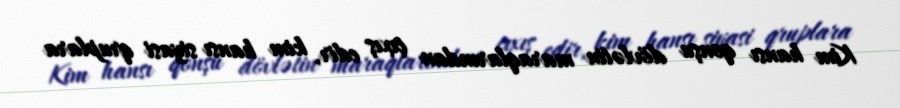
Kim hansı qonşu dövlətin maraqlarından çıxış edir, kim hansı siyasi qruplara